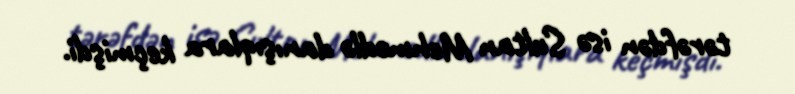
tərəfdən isə Sultan Mehmedlə danışıqlara keçmişdi.